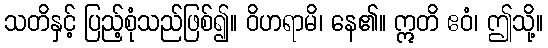
သတိနှင့် ပြည့်စုံသည်ဖြစ်၍။ ဝိဟရာမိ၊ နေ၏။ ဣတိ ဧဝံ၊ ဤသို့။